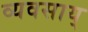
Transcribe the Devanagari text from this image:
व्यवसाय्